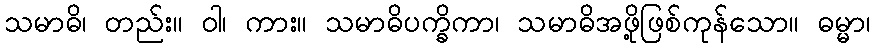
သမာဓိ၊ တည်း။ ဝါ၊ ကား။ သမာဓိပက္ခိကာ၊ သမာဓိအဖို့ဖြစ်ကုန်သော။ ဓမ္မာ၊